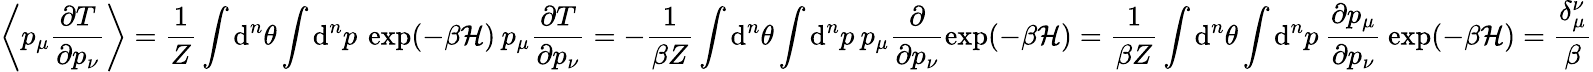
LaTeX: \left\langle p_{\mu}\frac{\partial T}{\partial p_{\nu}}\right\rangle=\frac{1}{Z}\int\mathrm{d}^{n}\theta\int\mathrm{d}^{n}p\: \exp(-\beta\mathcal{H})\: p_{\mu}\frac{\partial T}{\partial p_{\nu}}=-\frac{1}{\beta Z}\int\mathrm{d}^{n}\theta\int\mathrm{d}^{n}p\: p_{\mu}\frac{\partial}{\partial p_{\nu}}\exp(-\beta\mathcal{H})=\frac{1}{\beta Z}\int\mathrm{d}^{n}\theta\int\mathrm{d}^{n}p\: \frac{\partial p_{\mu}}{\partial p_{\nu}}\: \exp(-\beta\mathcal{H})=\frac{\delta_{\mu}^{\nu}}{\beta}